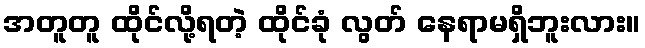
အတူတူ ထိုင်လို့ရတဲ့ ထိုင်ခုံ လွတ် နေရာမရှိဘူးလား။